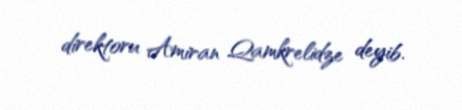
direktoru Amiran Qamkrelidze deyib.